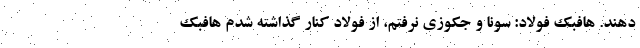
دهند. هافبک فولاد: سونا و جکوزی نرفتم، از فولاد کنار گذاشته شدم هافبک